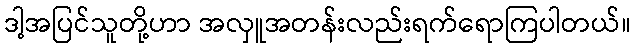
ဒါ့အပြင်သူတို့ဟာ အလှူအတန်းလည်းရက်ရောကြပါတယ်။